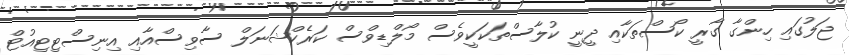
ޖަލުގައި ހިންގާ ގާރީ ކޯސްތަކާއި ދީނީ ކުލާސްތަކަކީވެސް މޯލްޑިވްސް ކަރެކްޝަނަލް ސާވިސްއާއި އިނިސްޓިޓިއުޓް